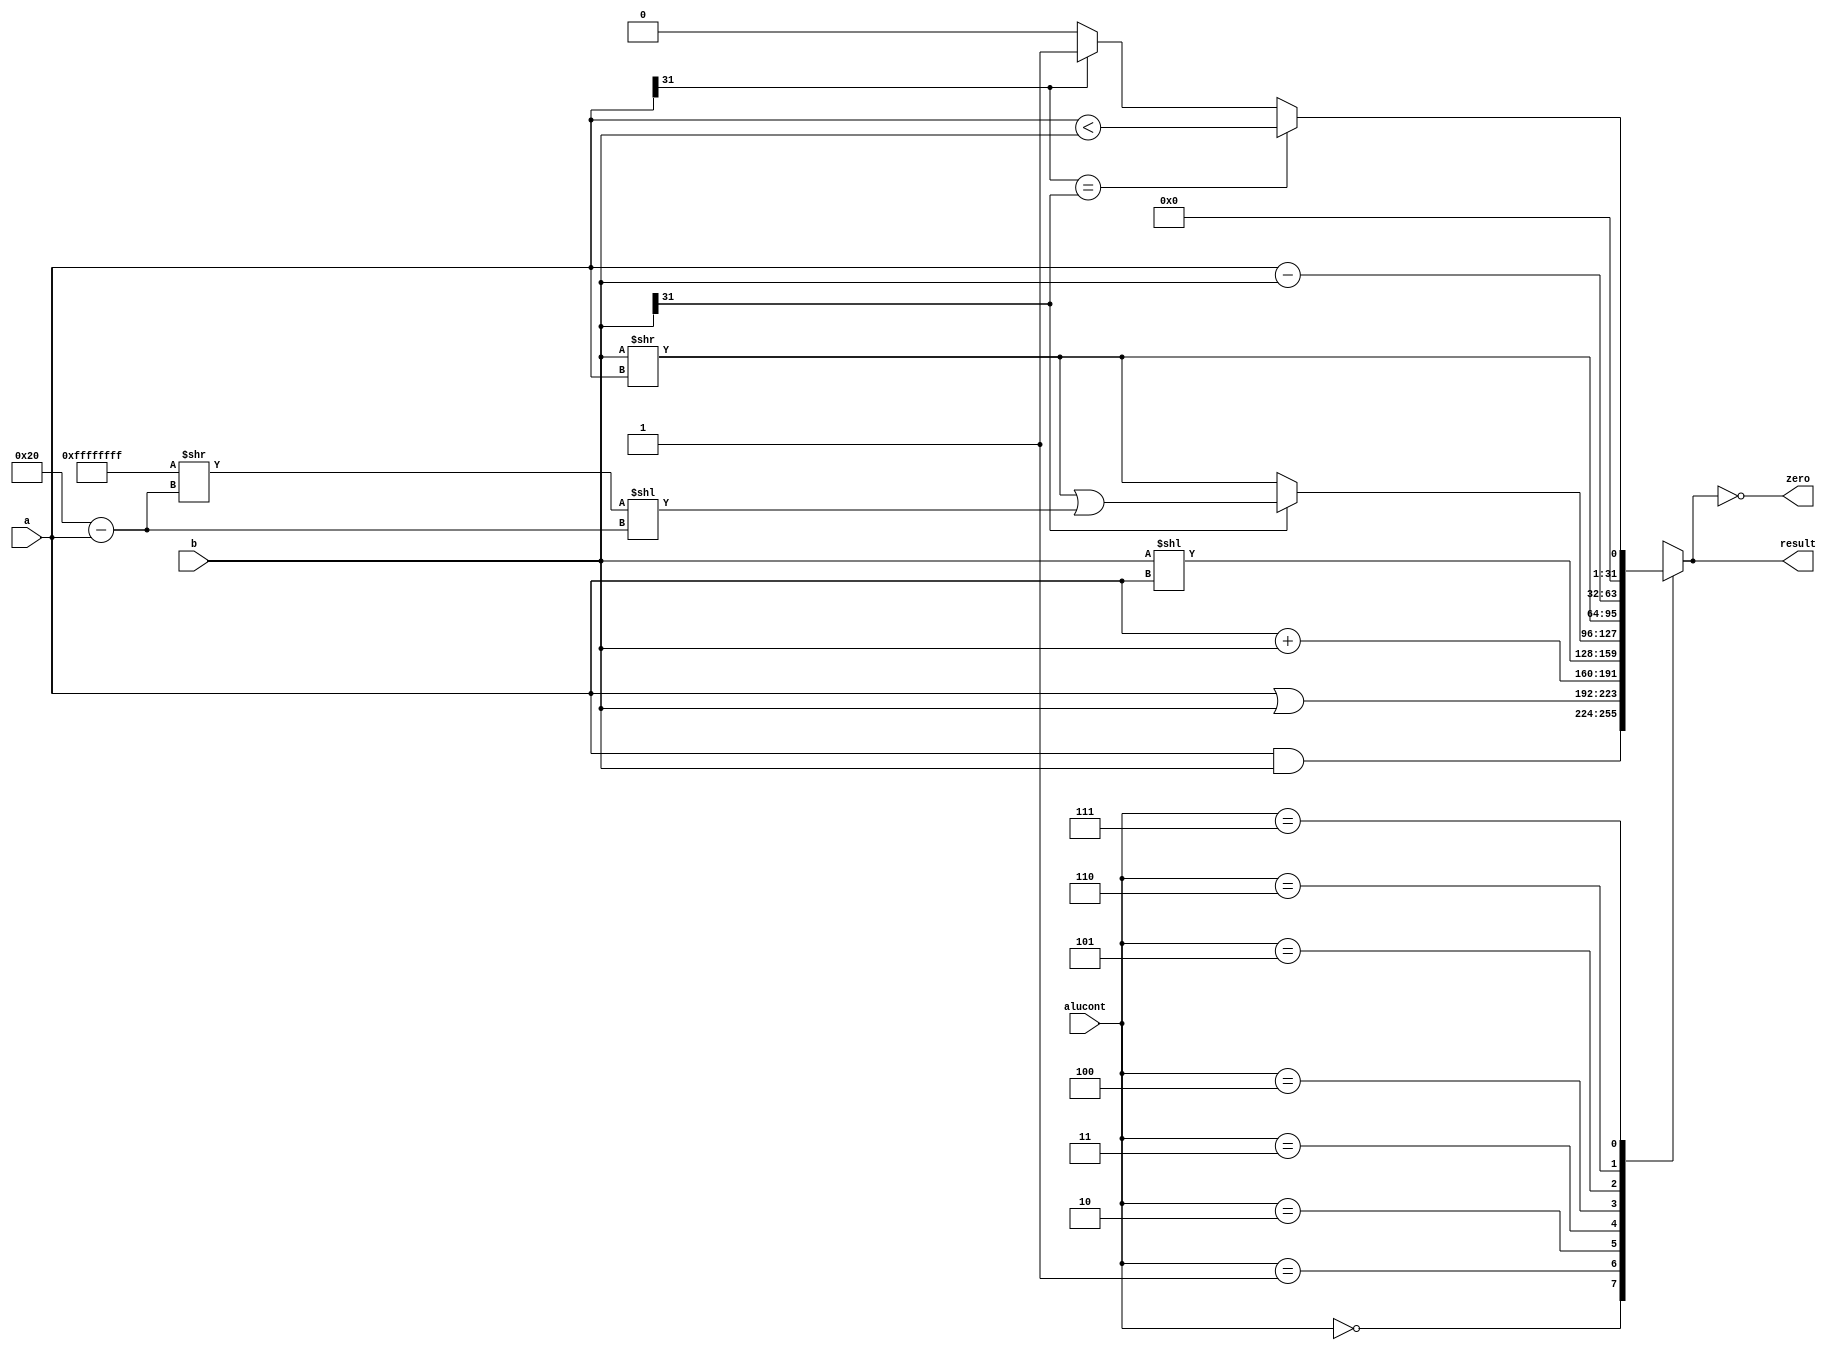
`timescale 1ns / 1ps

module ALU(
	input [31:0]a,
	input [31:0]b,
	input [2:0]alucont,
	output reg [31:0]result,
	output zero
);

reg sltresult=0;
always @(*)
    begin
    if(a[31] == b[31]) sltresult = (a<b);
    else if(a[31]==1) sltresult = 1;
    else sltresult = 0;  
    end

always @(*)
case(alucont)
3'b000: result = a&b; //and
3'b001: result = a|b; //or
3'b010: result = a+b; //add
3'b011: result = b << a; //not used
3'b100: result = b[31]==0?(b>>a):((b >> a) | ( ( (32'b11111111111111111111111111111111) >> (32-a)  ) << (32-a) ));//SRA
3'b101: result = b >> a;//SRL
3'b110: result = a-b; //sub
3'b111: result = sltresult;//slt
endcase

assign #1 zero = !result;

endmodule